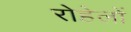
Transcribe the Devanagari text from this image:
रोहेलों